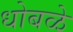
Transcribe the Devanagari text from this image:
धोबळे